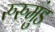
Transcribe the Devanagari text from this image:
रुरुमुंड